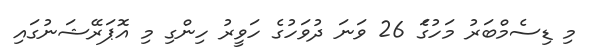
މި ޑިސެމްބަރު މަހުގަެ 26 ވަނަ ދުވަހުގެ ހަވީރު ހިންގި މި އޮޕަރޭޝަނުގައި